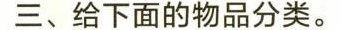
三、给下面的物品分类。